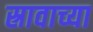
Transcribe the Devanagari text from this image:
स्रावाच्या